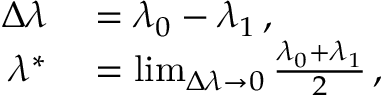
\begin{array} { r l } { \Delta \lambda } & { { } = \lambda _ { 0 } - \lambda _ { 1 } \, , } \\ { \lambda ^ { * } } & { { } = \operatorname* { l i m } _ { \Delta \lambda \rightarrow 0 } \frac { \lambda _ { 0 } + \lambda _ { 1 } } { 2 } \, , } \end{array}